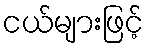
ငယ်များဖြင့်